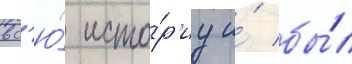
вс'ю́ исто́р'иу и́ бы́л